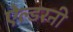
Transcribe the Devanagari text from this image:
ऐल्डरनी